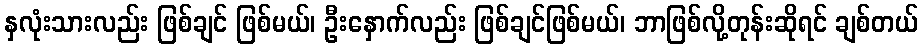
နှလုံးသားလည်း ဖြစ်ချင် ဖြစ်မယ်၊ ဦးနှောက်လည်း ဖြစ်ချင်ဖြစ်မယ်၊ ဘာဖြစ်လို့တုန်းဆိုရင် ချစ်တယ်